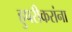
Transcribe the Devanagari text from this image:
हुपरीकरांना